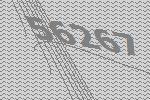
56267